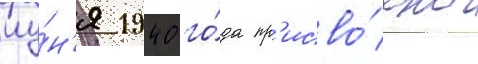
иу́н'я 1940 го́да пр'исво́ено